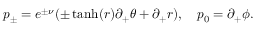
p _ { \pm } = e ^ { \pm \nu } ( \pm \operatorname { t a n h } ( r ) \partial _ { + } \theta + \partial _ { + } r ) , \quad p _ { 0 } = \partial _ { + } \phi .